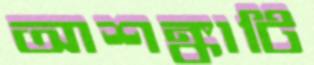
আশঙ্কাটি